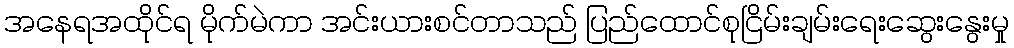
အနေရအထိုင်ရ မိုက်မဲကာ အင်းယားစင်တာသည် ပြည်ထောင်စုငြိမ်းချမ်းရေးဆွေးနွေးမှု